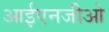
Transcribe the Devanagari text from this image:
आईएनजीओ